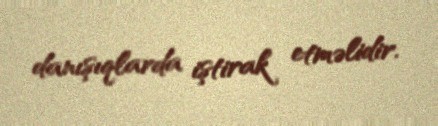
danışıqlarda iştirak etməlidir.